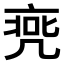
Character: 𠅭